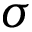
\boldsymbol { \sigma }